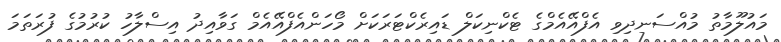
މައުލޫމާތު މުއްސަނދިވި އެފްއޭއެމްގެ ޓެކްނިކަލް ޑައިރެކްޓަރަކަށް މޯހަންއެފްއޭއެމް ގަވާއިދު އިސްލާހު ކުރުމުގެ ފުރަތަމަ